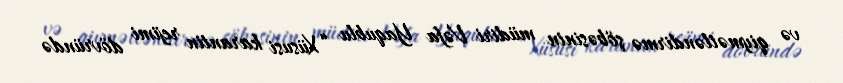
və qiymətləndirmə şöbəsinin müdiri Vəfa Yaqublu “Xüsusi karantin rejimi dövründə